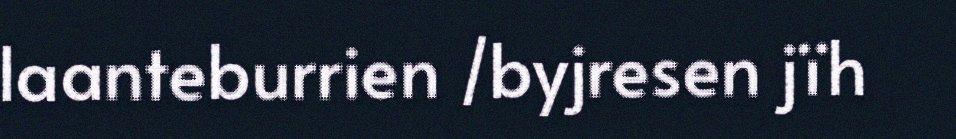
laanteburrien /byjresen jïh